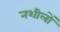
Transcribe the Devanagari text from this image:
नशीलों